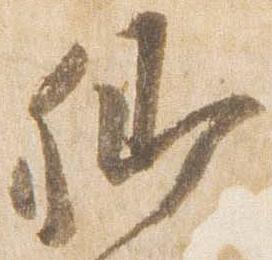
卿